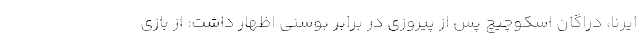
ایرنا، دراگان اسکوچیچ پس از پیروزی در برابر بوسنی اظهار داشت: از بازی